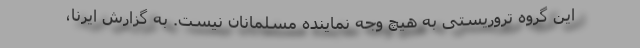
این گروه تروریستی به هیچ وجه نماینده مسلمانان نیست. به گزارش ایرنا،